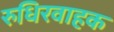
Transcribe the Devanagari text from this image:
रुधिरवाहक